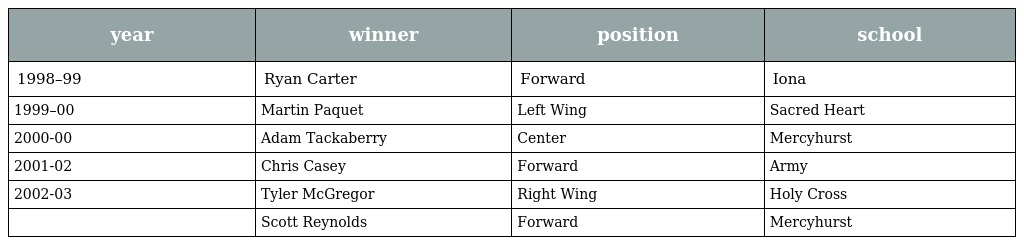
| year | winner | position | school |
 | --- | --- | --- | --- |
 | 1998–99 | Ryan Carter | Forward | Iona |
 | 1999–00 | Martin Paquet | Left Wing | Sacred Heart |
 | 2000-00 | Adam Tackaberry | Center | Mercyhurst |
 | 2001-02 | Chris Casey | Forward | Army |
 | 2002-03 | Tyler McGregor | Right Wing | Holy Cross |
 |  | Scott Reynolds | Forward | Mercyhurst |